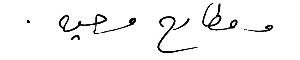
ومطارح وحيه.